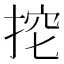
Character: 𢭔